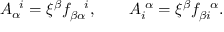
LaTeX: A _ { \alpha } ^ { \, \, \, \, i } = \xi ^ { \beta } f _ { \beta \alpha } ^ { \, \, \, \, \, \, \, i } , \, \, \, \, \, \, \, \, \, \, \, \, A _ { i } ^ { \, \, \alpha } = \xi ^ { \beta } f _ { \beta i } ^ { \, \, \, \, \, \alpha } .